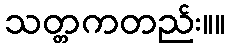
သတ္တကတည်း။။